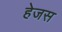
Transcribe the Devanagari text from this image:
हेजस